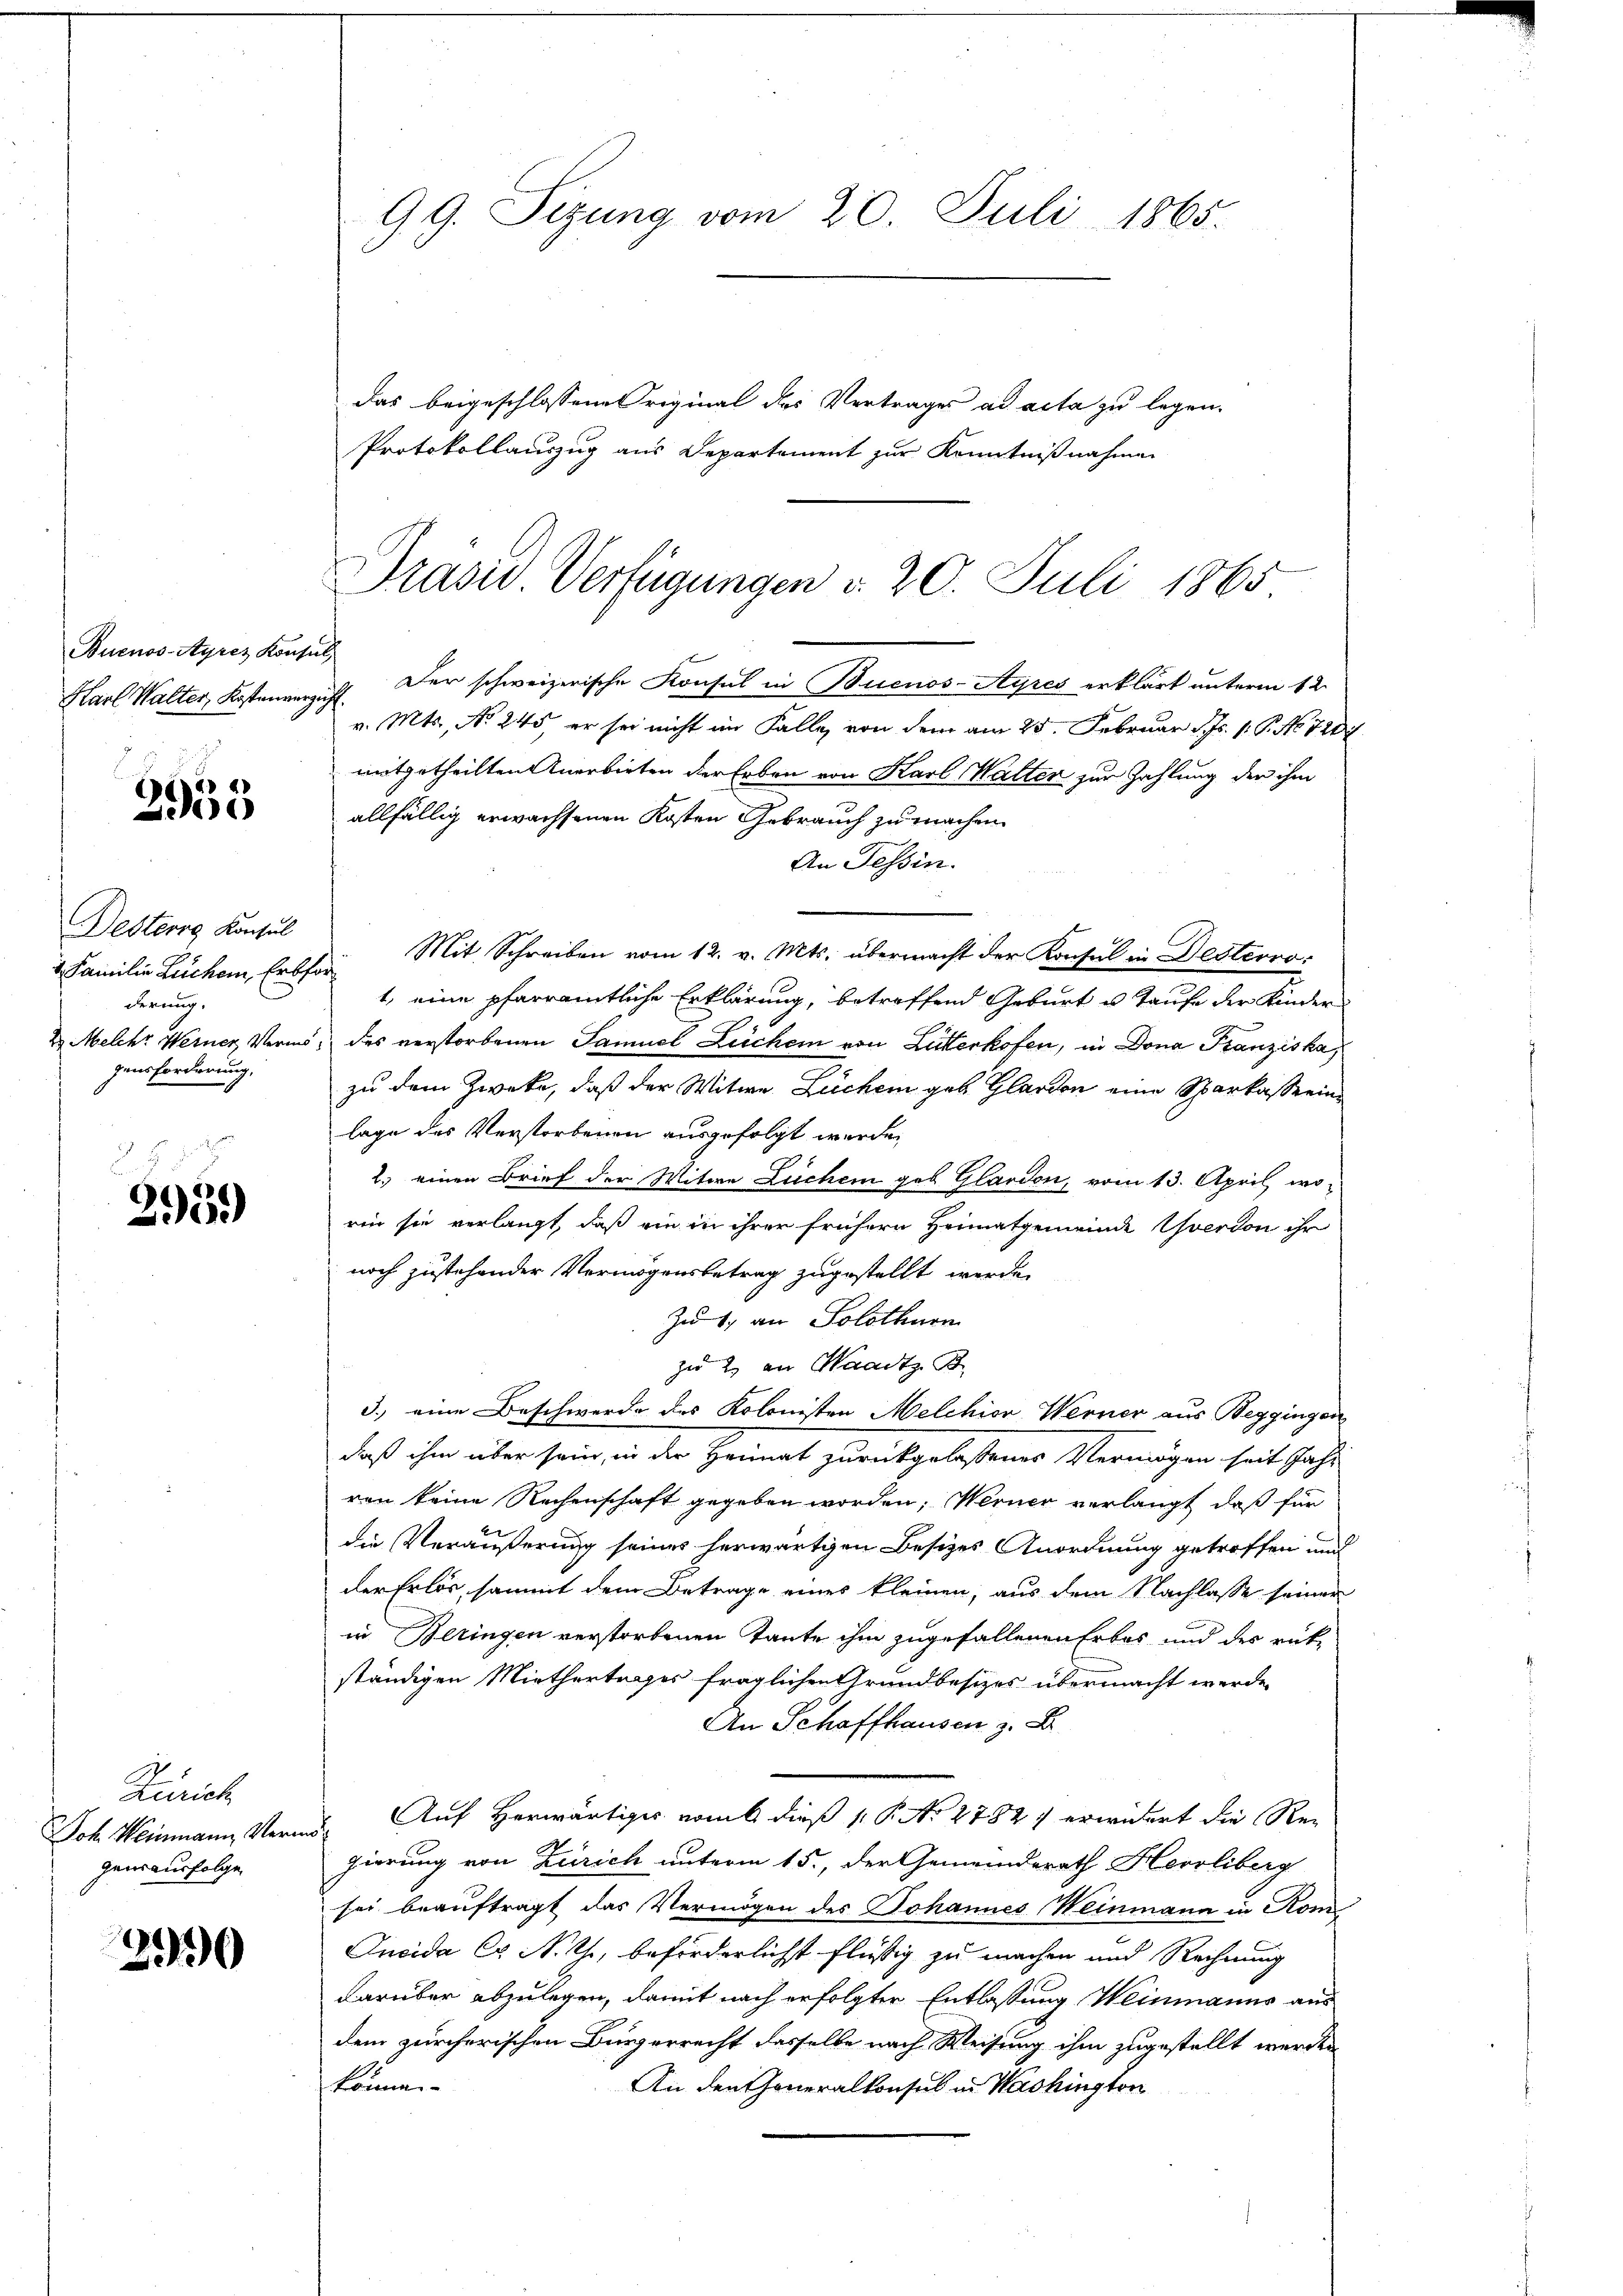
Buenos-Ayres Konsul
Karl Walter, Kostenverzicht.

¬
255

Desteorg Konsul
derung.
gensforderung,

295.)

Zürich
Joh. Weinmann, Verm
genausfolge

290

99. Sizung vom 20. Juli 1865.

Präsid. Verfügungen v. 20. Juli 1865

das beigeschlossene Original des Vertrages ad acta zu legen.
Protokollauszug aus Departement zur Kenntnißnahmen
Der schweizerische Konsul in Buenos-Ayres erklärt unterm 12.
v. Mts., No 245, er sei nicht im Falle, von dem am 25. Februar d. Js. 1. P. No 728
mitgetheilten Anerbieten der Erben von Karl Walten zur Zahlung der ihm
allfällig erwachsenen Kosten Gebrauch zu machen
An Tessin.
2. Familie Lüchen Erler Mit Schreiben vom 12. v. Mts. übermacht der Konsul in Desterro¬
1, eine pfarramtliche Erklärung, betreffend Geburt u. Taufe der Kinder
2 Melche Werner Vermög des verstorbenen Samuel Leicher von Lutterkofen, in Dona Franziska,
zu dem Zwecke, daß der Witwe Lüchen geb. Glarden eine Sparkasserinlage des Verstorbenen ausgefolgt werden
2.) einen Brief der Witwe Lüchen geb. Glardon, vom 13. April wo-
rin sie verlangt, daß ein in ihrer frühern Heimatgemeinde verdon ihr
noch zustehender Vermögensbetrag zugestellt werde.
Zu 1. an Solothurn
zu 2 an Waadt B
3.) eine Beschwerde des Kolonisten Melchior Werner aus Beggingen
daß ihm über sein, in der Heimat zurückgelassenes Vermögen seit Jahr
ren keine Rechenschaft gegeben worden; Werner verlangt, daß für
die Veräußerung seines herwärtigen Besizes Anordnung getroffen und
der Erlös, sammt dem Betrage eines kleinen, aus dem Nachlasse seinen
in Beringen verstorbenen Tante ihm zugefallenen Erbes und des rükständigen Miethertages fraglichen Grundbesizes übermacht werde.
An Schaffhausen z. B.
Auf Herwärtiges vom 6 dieß 1. P. No 2782 erwidert die Regierung von Zürich unterm 15., der Gemeinderath Herrliberg
sei beauftragt das Vermögen des Johannes Weinmann in Kom
Incida Co. N. Ch., beförderlichst flüßig zu machen und Rechnung
darüber abzulegen, damit nach erfolgter Entlassung Weinmanns aus
dem zürcherischen Bürgerrecht dasselbe nach Weisung ihm zugestellt werden
können.
An den Generalkonsul in Washington